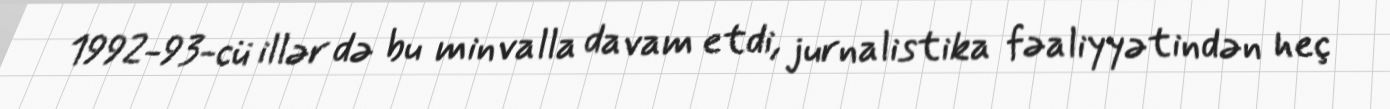
1992-93-cü illər də bu minvalla davam etdi, jurnalistika fəaliyyətindən heç